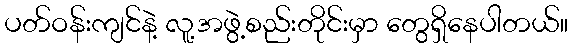
ပတ်ဝန်းကျင်နဲ့ လူ့အဖွဲ့စည်းတိုင်းမှာ တွေရှိနေပါတယ်။